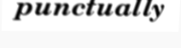
punctually